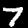
Digit: 7